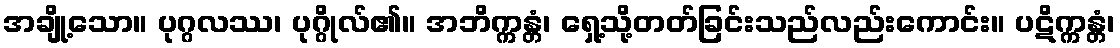
အချို့သော။ ပုဂ္ဂလဿ၊ ပုဂ္ဂိုလ်၏။ အဘိက္ကန္တံ၊ ရှေ့သို့တတ်ခြင်းသည်လည်းကောင်း။ ပဋိက္ကန္တံ၊